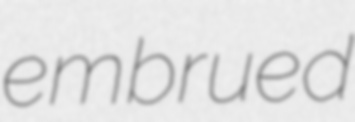
embrued